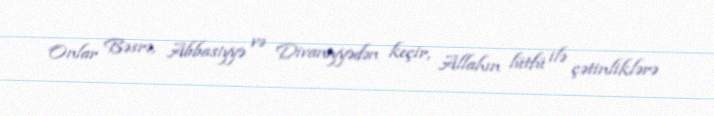
Onlar Bəsrə, Abbasiyyə və Divaniyyədən keçir, Allahın lütfü ilə çətinliklərə